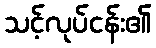
သင့်လုပ်ငန်း၏